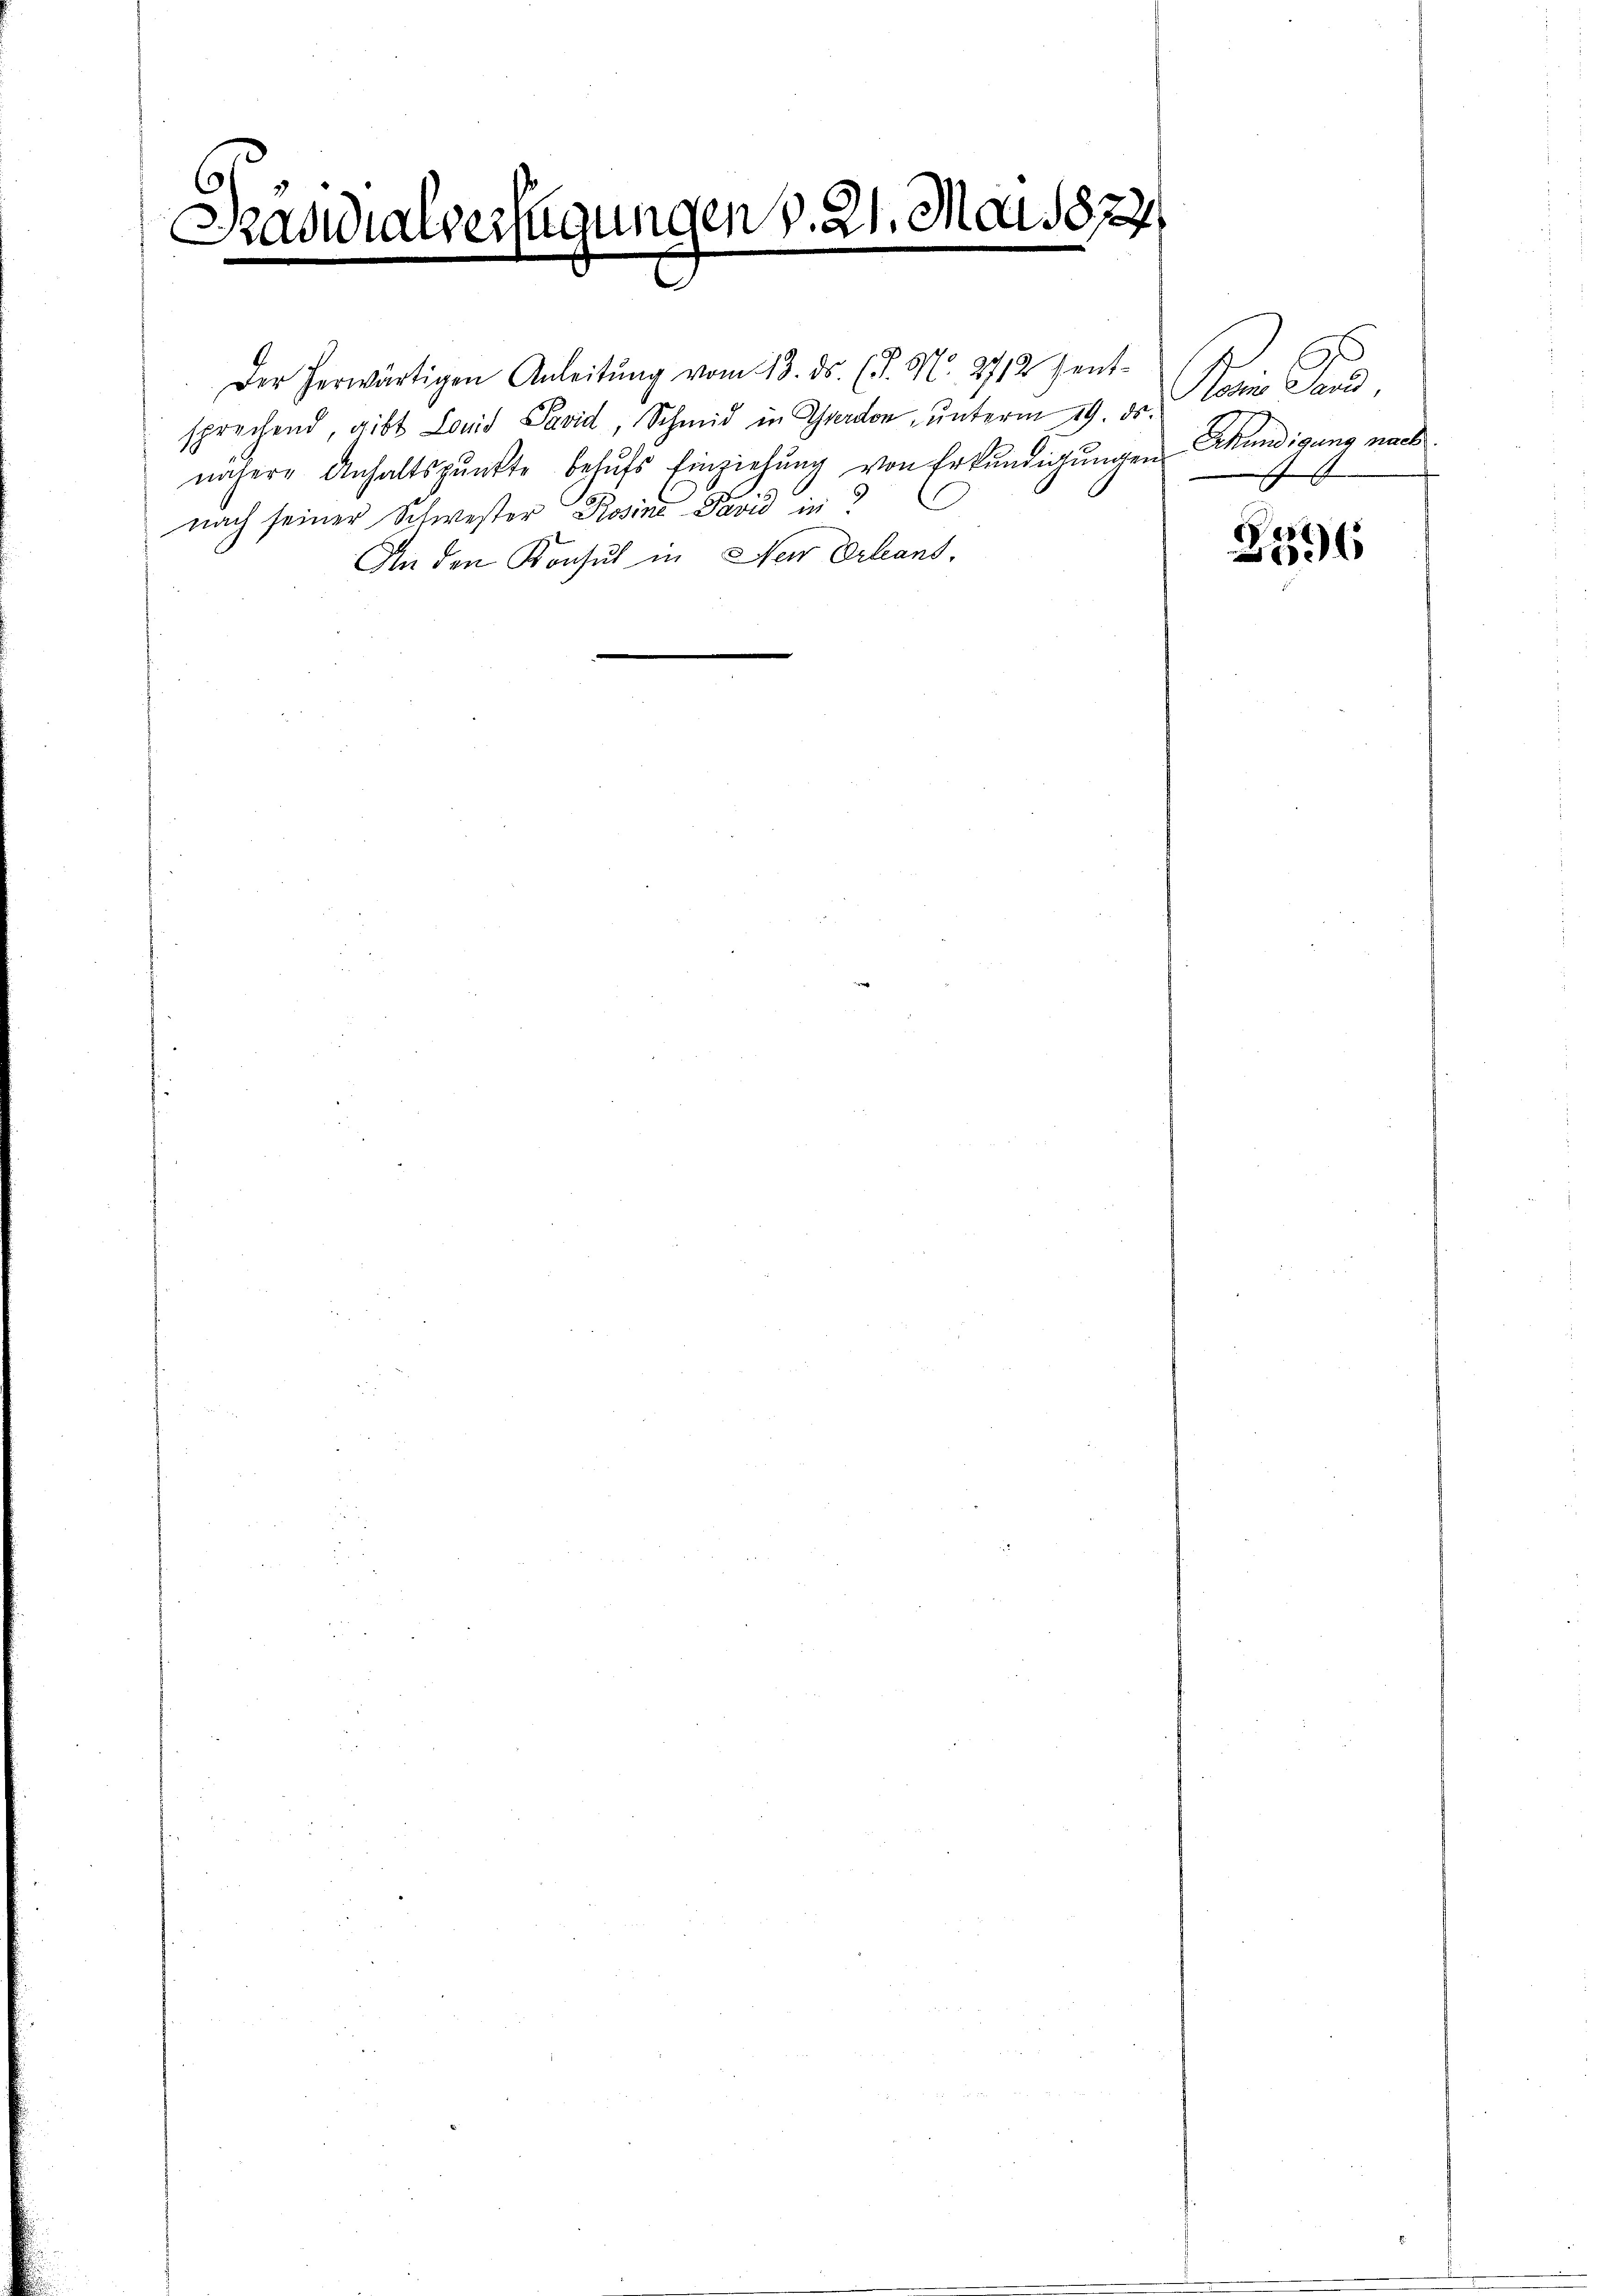
Saudialverfügungen v. 21. Mai 1874.

Der herwärtigen Anleitŭng vom 13. ds. (T. M. 2712 sent-
sprechend, gibt Louis Pavid, Schmid in Ordon, ŭnterm 19. ds.
nähere Anhaltspunkte behŭfs Einziehŭng von Erkŭndigŭngen
nach seiner Schwester Rosine Pavid in
An den Konsul in Nein Erleans,

Nein Fund
Akündigung nach

2596